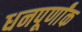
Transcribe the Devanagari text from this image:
धनपूर्णांक